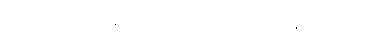
၁၅၆။ ဥဿာဟာ’ တပ္ပ ပဂ္ဂါဟာ၊ ဝါယာမော စ ပရက္ကမော။